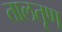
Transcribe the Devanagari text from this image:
तालतृण